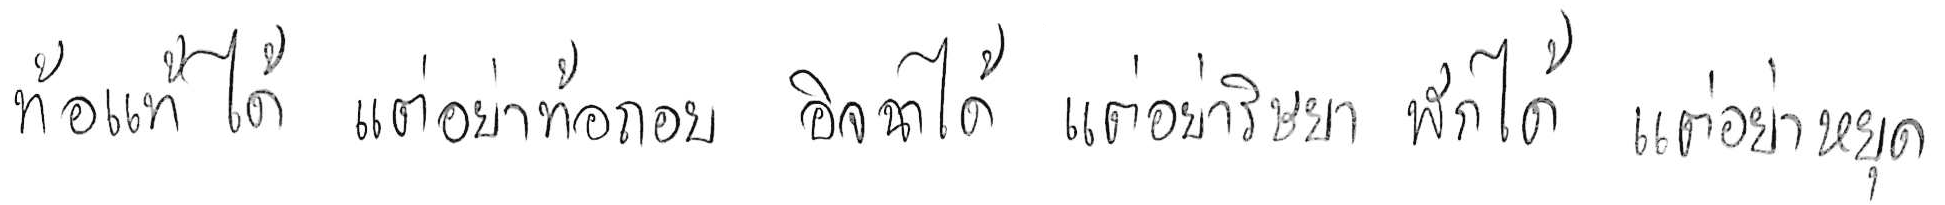
ท้อแท้ได้ แต่อย่าท้อถอย อิจฉาได้ แต่อย่าริษยา พักได้ แต่อย่าหยุด